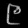
Digit: ၉